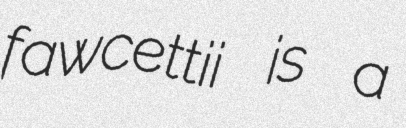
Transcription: fawcettii is a